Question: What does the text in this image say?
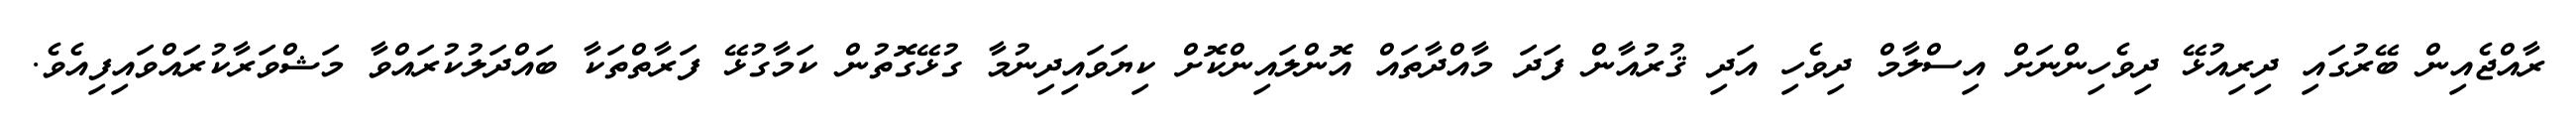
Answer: ރާއްޖެއިން ބޭރުގައި ދިރިއުޅޭ ދިވެހިންނަށް އިސްލާމް ދިވެހި އަދި ޤުރުއާން ފަދަ މާއްދާތައް އޮންލައިންކޮށް ކިޔަވައިދިނުމާ ގުޅޭގޮތުން ކަމާގުޅޭ ފަރާތްތަކާ ބައްދަލުކުރައްވާ މަޝްވަރާކުރައްވައިފިއެވެ.